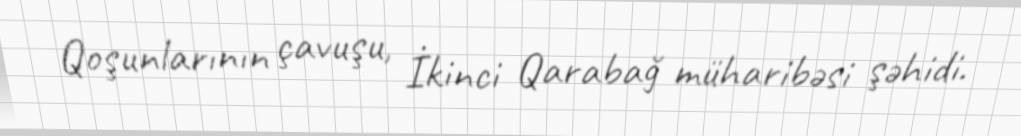
Qoşunlarının çavuşu, İkinci Qarabağ müharibəsi şəhidi.